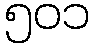
၅၀၁